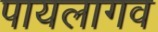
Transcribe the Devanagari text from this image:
पायलागव